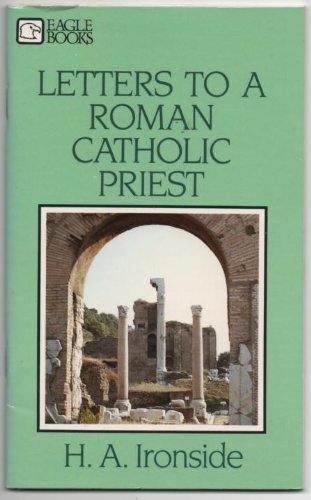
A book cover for Letters to a Roman Catholic Priest; Henry A. Ironside; Christian Books & Bibles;